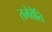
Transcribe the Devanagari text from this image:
तमेवैति